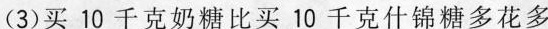
(3)买10千克奶糖比买10千克什锦糖多花多